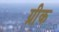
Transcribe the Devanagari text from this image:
ग्री़क